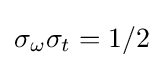
\sigma _{\omega }\sigma _{t}=1/2